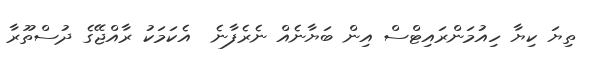
ތިޔަ ކިޔާ ހިއުމަންރައިޓްސް އިން ބަޔާނެއް ނެރެފާނެ  އެކަމަކު ރާއްޖޭގެ ދުސްތޫރާ